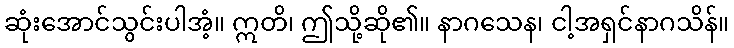
ဆုံးအောင်သွင်းပါအံ့။ ဣတိ၊ ဤသို့ဆို၏။ နာဂသေန၊ ငါ့အရှင်နာဂသိန်။